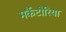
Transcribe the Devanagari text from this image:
मर्कैटोरिया